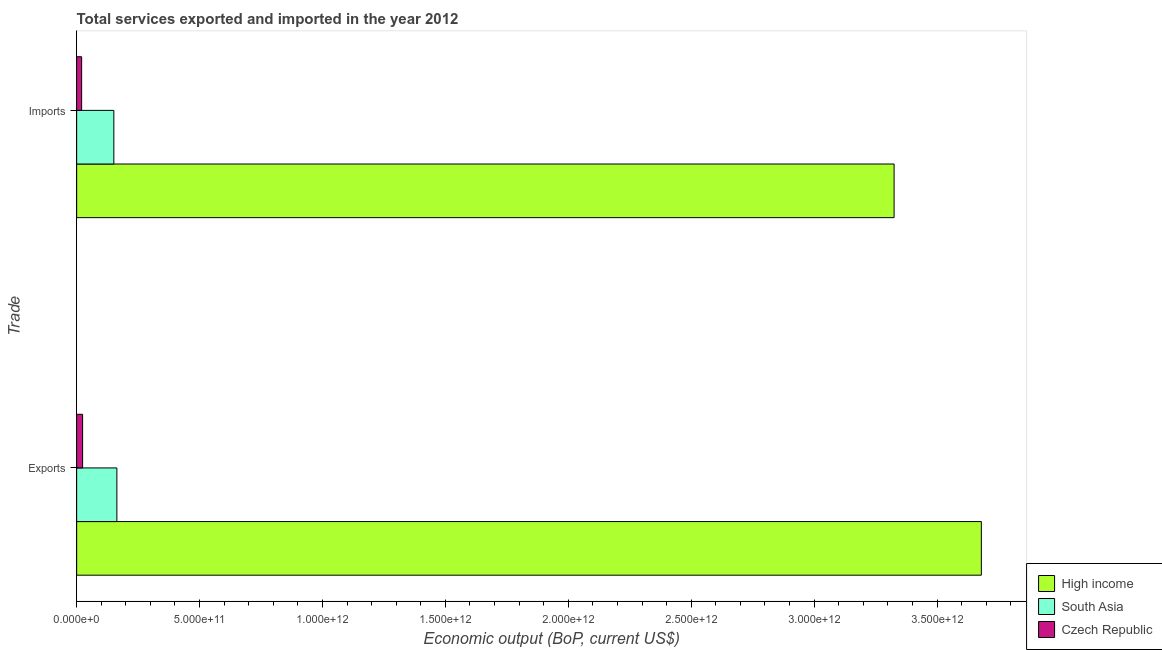
| Trade | High income | South Asia | Czech Republic |
 | --- | --- | --- | --- |
 | Exports | 3.68e+12 | 1.64e+11 | 2.42e+10 |
 | Imports | 3.33e+12 | 1.51e+11 | 2.03e+10 |